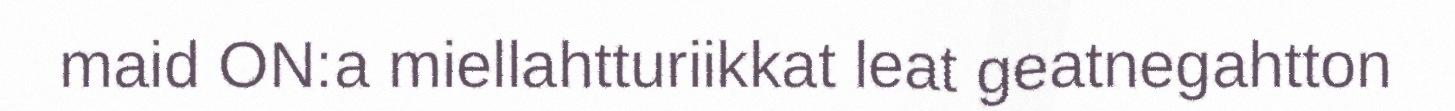
maid ON:a miellahtturiikkat leat geatnegahtton